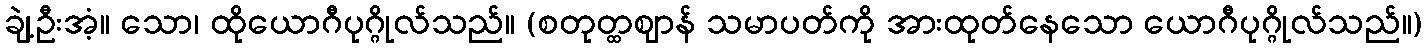
ချဲ့ဦးအံ့။ သော၊ ထိုယောဂီပုဂ္ဂိုလ်သည်။ (စတုတ္ထဈာန် သမာပတ်ကို အားထုတ်နေသော ယောဂီပုဂ္ဂိုလ်သည်။)